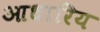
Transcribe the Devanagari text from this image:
आधारिय